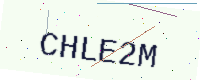
Text: CHLE2M